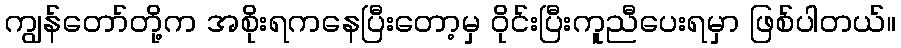
ကျွန်တော်တို့က အစိုးရကနေပြီးတော့မှ ဝိုင်းပြီးကူညီပေးရမှာ ဖြစ်ပါတယ်။